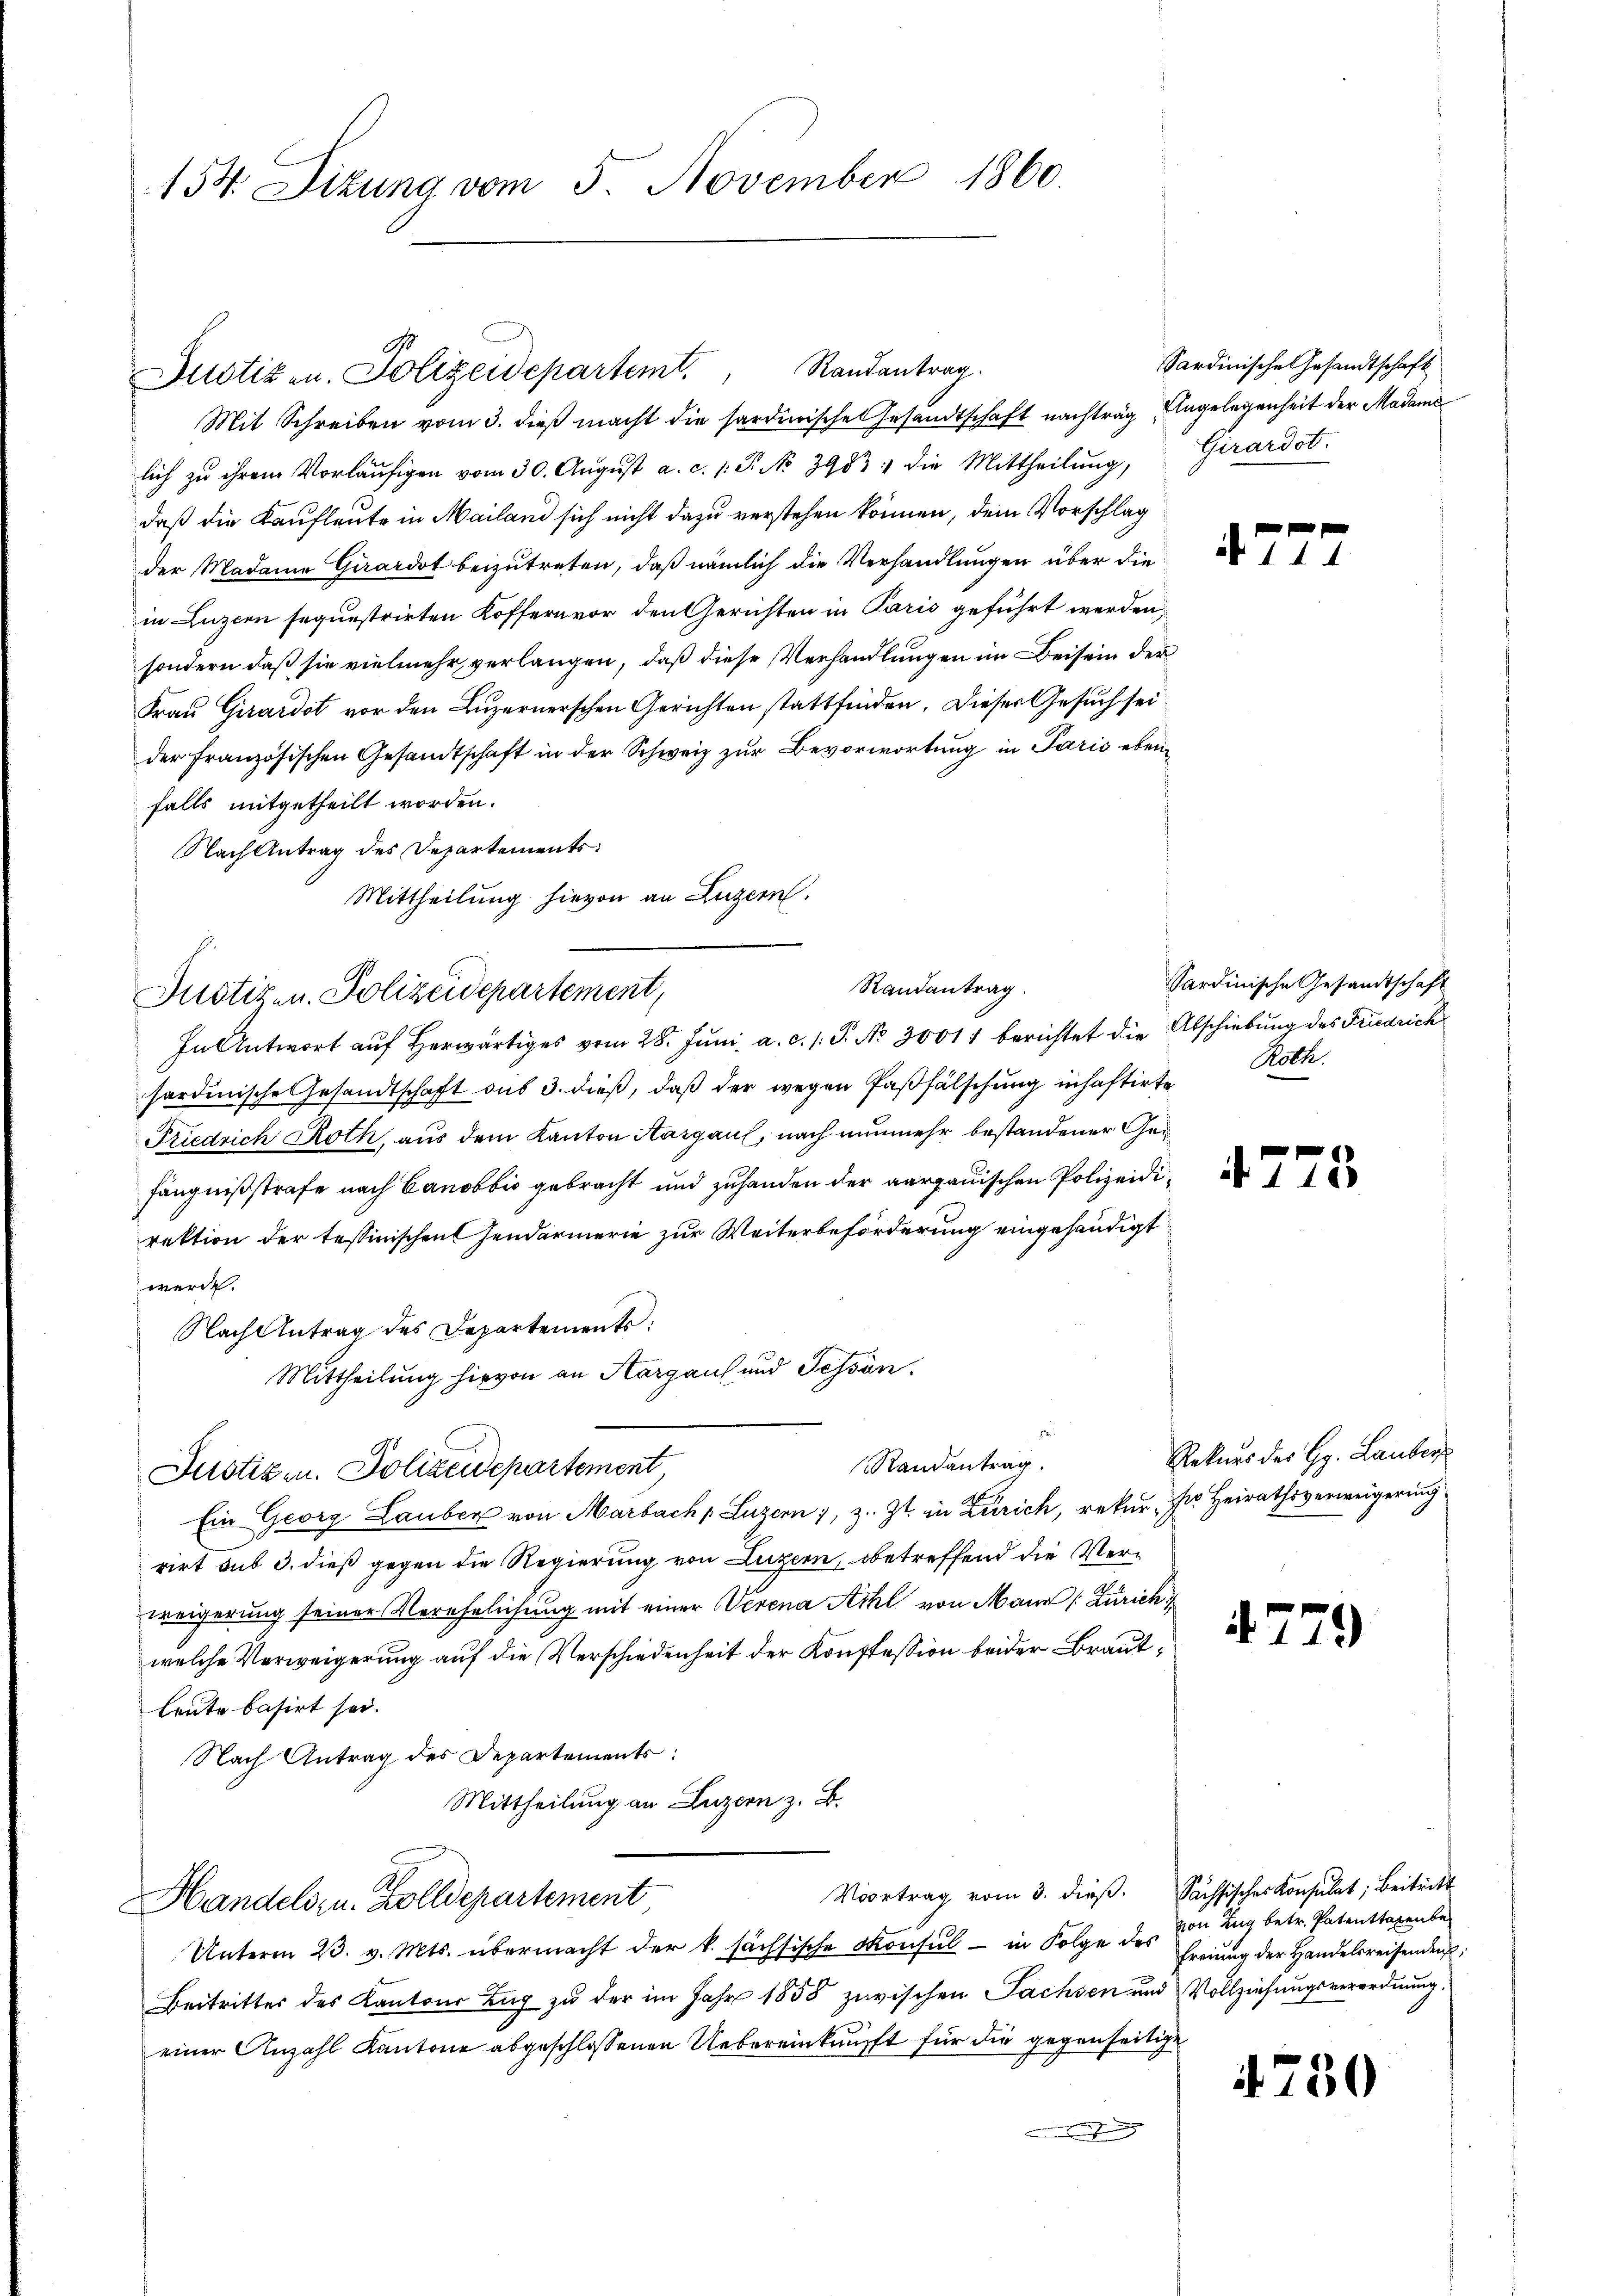
154. Ditung vom 5. November 1860

Justiz- u. Polizeidepartemt. Randantrag.

Mittheilung hievon an Luzern.
Randantrag.
In Antwort auf herwärtiges vom 28. Juni a. c. s. S. No 30011 berichtet die

lich zu ihrem Vorläŭfigen vom 30. Aŭgŭst a. c. 1. P. No. 39831 die Mittheilŭng, Girardot.
daß die Kaufleute in Mailand sich nicht dazu verstehen können, dem Vorschlag
der Madame Girardot beizutreten, daß nämlich die Verhandlungen über die
in Luzern sequestrirten Koffern vor den Gerichten in Paris geführt werden,
sondern daß sie vielmehr verlangen, daß diese Verhandlungen im Beisein der
Frau Girardot vor den Luzernerschen Gerichten stattfinden. Dieser Gesuch seider Französischen Gesandtschaft in der Schweiz zur Bevorwortung in Paris ebenfalls mitgetheilt worden.
Nach Antrag des Departements
Justizen. Polizeidepartement,
hardinische Gesandtschaft aus 3. dieß, daß der wegen Paβfälschung inhaftirte Roth
Friedrich Roth, aus dem Kanton Aargau, nach nunmehr bestandener Gefängnißstrafe nach Canobbio gebracht und zuhanden der aargauischen Polizeidirektion der tessinischen Gendarmerie zur Weiterbeförderung eingehändigt
werde.
Nach Antrag des Departements:
Mittheilung hievon an Hargaus und Tessin.
Randantrag.
Justiz u. Polizeidepartement
Ein Georg Lauben von Marbach, Luzern 1, z. Zt. in Zürich, rekur der Heirathsverweigerung
rirt sub 3. dieß gegen die Regierung von Luzern, betreffend die Verweigerung seiner Verehelichung mit einer Verena Schl von Mann [Zürich
welche Verweigerung auf die Verschiedenheit der Konstession beider Brautleute basirt sei.
Nach Antrag des Departements:
Mittheilung an Luzern z. B.
Voortrag vom 3. dieβ. Sächsischer Konsulat; Beitritt
Handels zu. Zolldepartement
Unterm 23. v. Mts. übermacht der k. sächsische Konsul - in Folge des Freiung der Handelsreisenden
Beitritter des Kantons Zug zu der im Jahr 1858 zwischen Sachsen und Vollziehungsverordnung.
einer Anzahl Kantone abgeschlossenen Uebereinknüpft für die gegenseitige
.

Mit Schreiben vom 3. dieß macht die sarderische Gesandtschaft nachtrag, Angelegenheit der Madame

Sardinische Gesandtschaft

7

7

Sardinische Gesandtschaft
Abschiebung des Friedrich

4775

Rekurs des H. Lauber

4779

von Zug betr. Patenttaxenber

4750